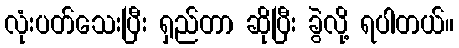
လုံးပတ်သေးပြီး ရှည်တာ ဆိုပြီး ခွဲလို့ ရပါတယ်။